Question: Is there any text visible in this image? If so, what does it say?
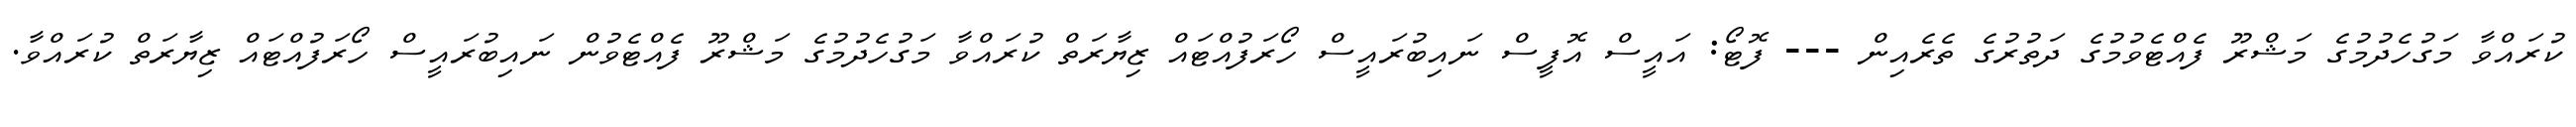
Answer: ކުރައްވާ މަގުހެދުމުގެ މަޝްރޫ ފެއްޓެވުމުގެ ދަތުރުގެ ތެރެއިން --- ފޮޓޯ: އައީސް އޮފީސް ނައިބުރައީސް ހޯރަފުއްޓައް ޒިޔާރަތް ކުރައްވާ މަގުހެދުމުގެ މަޝްރޫ ފެއްޓެވުން ނައިބުރައީސް ހޯރަފުއްޓައް ޒިޔާރަތް ކުރައްވާ.